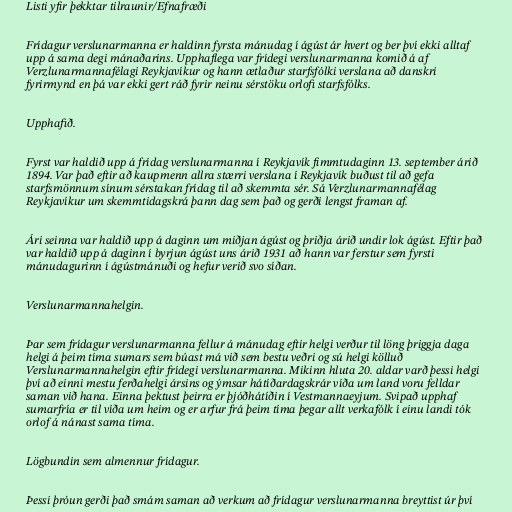
Listi yfir þekktar tilraunir/Efnafræði

Frídagur verslunarmanna er haldinn fyrsta mánudag í ágúst ár hvert og ber því ekki alltaf
upp á sama degi mánaðarins. Upphaflega var frídegi verslunarmanna komið á af
Verzlunarmannafélagi Reykjavíkur og hann ætlaður starfsfólki verslana að danskri
fyrirmynd en þá var ekki gert ráð fyrir neinu sérstöku orlofi starfsfólks.

Upphafið.

Fyrst var haldið upp á frídag verslunarmanna í Reykjavík fimmtudaginn 13. september árið
1894. Var það eftir að kaupmenn allra stærri verslana í Reykjavík buðust til að gefa
starfsmönnum sínum sérstakan frídag til að skemmta sér. Sá Verzlunarmannafélag
Reykjavíkur um skemmtidagskrá þann dag sem það og gerði lengst framan af.

Ári seinna var haldið upp á daginn um miðjan ágúst og þriðja árið undir lok ágúst. Eftir það
var haldið upp á daginn í byrjun ágúst uns árið 1931 að hann var ferstur sem fyrsti
mánudagurinn í ágústmánuði og hefur verið svo síðan.

Verslunarmannahelgin.

Þar sem frídagur verslunarmanna fellur á mánudag eftir helgi verður til löng þriggja daga
helgi á þeim tíma sumars sem búast má við sem bestu veðri og sú helgi kölluð
Verslunarmannahelgin eftir frídegi verslunarmanna. Mikinn hluta 20. aldar varð þessi helgi
því að einni mestu ferðahelgi ársins og ýmsar hátíðardagskrár víða um land voru felldar
saman við hana. Einna þektust þeirra er þjóðhátíðin í Vestmannaeyjum. Svipað upphaf
sumarfría er til víða um heim og er arfur frá þeim tíma þegar allt verkafólk í einu landi tók
orlof á nánast sama tíma.

Lögbundin sem almennur frídagur.

Þessi þróun gerði það smám saman að verkum að frídagur verslunarmanna breyttist úr því